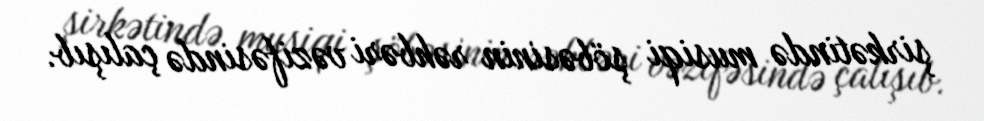
şirkətində musiqi şöbəsinin rəhbəri vəzifəsində çalışıb.